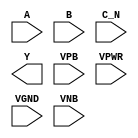
/**
 * Copyright 2020 The SkyWater PDK Authors
 *
 * Licensed under the Apache License, Version 2.0 (the "License");
 * you may not use this file except in compliance with the License.
 * You may obtain a copy of the License at
 *
 *     https://www.apache.org/licenses/LICENSE-2.0
 *
 * Unless required by applicable law or agreed to in writing, software
 * distributed under the License is distributed on an "AS IS" BASIS,
 * WITHOUT WARRANTIES OR CONDITIONS OF ANY KIND, either express or implied.
 * See the License for the specific language governing permissions and
 * limitations under the License.
 *
 * SPDX-License-Identifier: Apache-2.0
 */

`ifndef SKY130_FD_SC_LP__NOR3B_PP_SYMBOL_V
`define SKY130_FD_SC_LP__NOR3B_PP_SYMBOL_V

/**
 * nor3b: 3-input NOR, first input inverted.
 *
 *        Y = (!(A | B)) & !C)
 *
 * Verilog stub (with power pins) for graphical symbol definition
 * generation.
 *
 * WARNING: This file is autogenerated, do not modify directly!
 */

`timescale 1ns / 1ps
`default_nettype none

(* blackbox *)
module sky130_fd_sc_lp__nor3b (
    //# {{data|Data Signals}}
    input  A   ,
    input  B   ,
    input  C_N ,
    output Y   ,

    //# {{power|Power}}
    input  VPB ,
    input  VPWR,
    input  VGND,
    input  VNB
);
endmodule

`default_nettype wire
`endif  // SKY130_FD_SC_LP__NOR3B_PP_SYMBOL_V